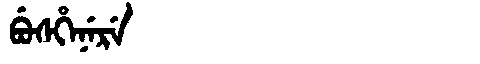
Manchu: ᠪᡠᠰᡥᡝᠨᡝᡵᡝ
Romanization: BUSHENERE